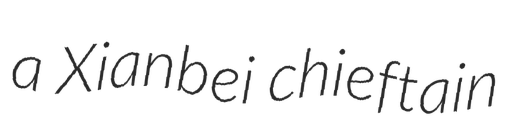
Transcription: a Xianbei chieftain